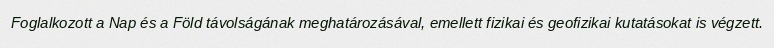
Foglalkozott a Nap és a Föld távolságának meghatározásával, emellett fizikai és geofizikai kutatásokat is végzett.